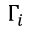
\Gamma _ { i }